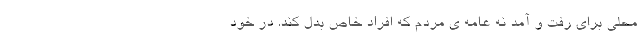
محلی برای رفت و آمدِ نه عامه ی مردم که افراد خاص بدل کند. در خودِ